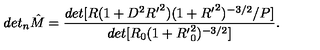
d e t _ { n } { \hat { M } } = \frac { d e t [ R ( 1 + D ^ { 2 } { R ^ { \prime } } ^ { 2 } ) ( 1 + { R ^ { \prime } } ^ { 2 } ) ^ { - 3 / 2 } / P ] } { d e t [ R _ { 0 } ( 1 + { R ^ { \prime } } _ { 0 } ^ { 2 } ) ^ { - 3 / 2 } ] } .